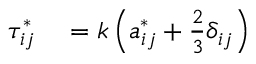
\begin{array} { r l } { \tau _ { i j } ^ { * } } & { { } = k \left( a _ { i j } ^ { * } + \frac { 2 } { 3 } \delta _ { i j } \right) } \end{array}